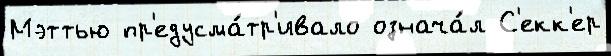
Мэттью пр'едусма́тр'ивало означа́л С'екк'ер